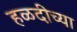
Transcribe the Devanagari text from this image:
हळदीच्या